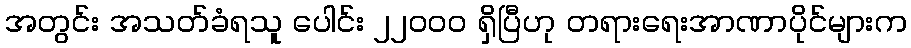
အတွင်း အသတ်ခံရသူ ပေါင်း ၂၂၀၀၀ ရှိပြီဟု တရားရေးအာဏာပိုင်များက